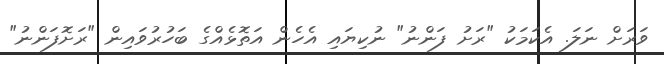
ވަރަށް ނަލަ. އެކަމަކު "ރަށު ފަންނު" ނުކިޔައި އެހެން އަތޮޅެއްގެ ބަހުރުވައިން "ރަށޮފަންނު"